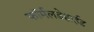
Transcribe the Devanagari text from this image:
फॉर्मलडेहाईड